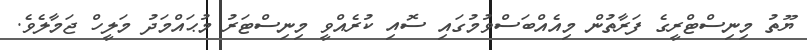
ޔޫތު މިނިސްޓްރީގެ ފަރާތުން މިއެއްބަސްވުމުގައި ސޮއި ކުރެއްވީ މިނިސްޓަރު މުޙައްމަދު މަލީހް ޖަމާލެވެ.